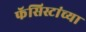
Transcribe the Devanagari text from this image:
फॅसिस्टांच्या